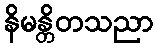
နိမန္တိတသညာ